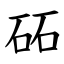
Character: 砳